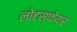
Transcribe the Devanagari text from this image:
लोटस्फेयर